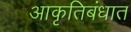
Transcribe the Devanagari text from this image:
आकृतिबंधात